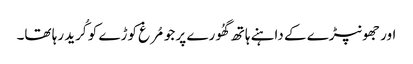
اور جھونپڑے کے داہنے ہاتھ گھُورے پر جو مُرغ کوڑے کو کُرید رہا تھا۔